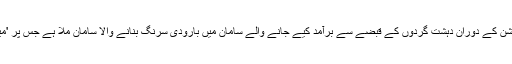
انھوں نے بتایا کہ آپریشن کے دوران دہشت گردوں کے قبضے سے برآمد کیے جانے والے سامان میں بارودی سرنگ بنانے والا سامان ملا ہے جس پر 'میڈ ان انڈیا' لکھا ہوا تھا۔